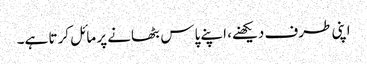
اپنی طرف دیکھنے، اپنے پاس بٹھانے پر مائل کرتا ہے۔